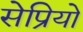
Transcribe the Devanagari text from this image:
सेप्रियो